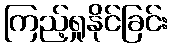
ကြည့်ရှုနိုင်ခြင်း